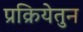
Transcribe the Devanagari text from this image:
प्रक्रियेतुन